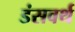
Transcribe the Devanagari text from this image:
डंसवर्थ